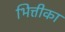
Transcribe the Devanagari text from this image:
भित्तीका